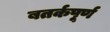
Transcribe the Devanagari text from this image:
बतर्कपूर्ण